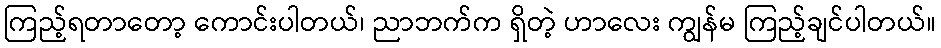
ကြည့်ရတာတော့ ကောင်းပါတယ်၊ ညာဘက်က ရှိတဲ့ ဟာလေး ကျွန်မ ကြည့်ချင်ပါတယ်။